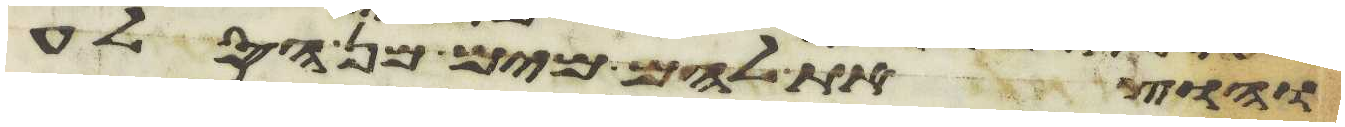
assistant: והוצאת להם מים מן הסלע